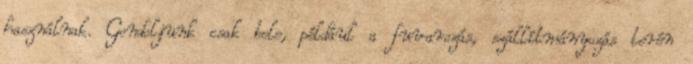
használnak. Gondoljunk csak bele, például a fuvarozás, szállítmányozás terén